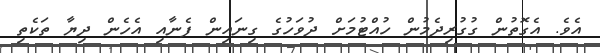
އެވެ. އެގޮތުން ގުގުރިދެމުން ހުއްޓުމަށް ދުވަހުގެ ގިނައިން ފެނާއި އެހެން ދިޔާ ތަކެތި